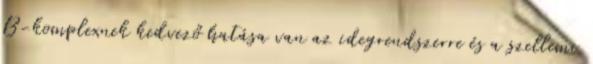
B-komplexnek kedvező hatása van az idegrendszerre és a szellemi